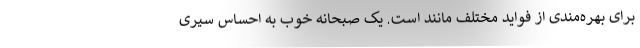
برای بهره‌مندی از فواید مختلف مانند است. یک صبحانه خوب به احساس سیری